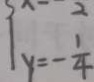
y = - \frac { 1 } { 4 }